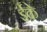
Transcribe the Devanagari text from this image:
ईके